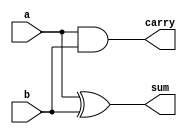
module half_adder (
    input a,
    input b,
    output sum,
    output carry
);

assign sum = a ^ b;
assign carry = a & b;

endmodule